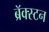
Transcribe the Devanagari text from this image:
ब्रॅक्स्टन